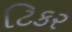
ટિકર